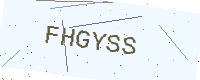
Text: FHGYSS